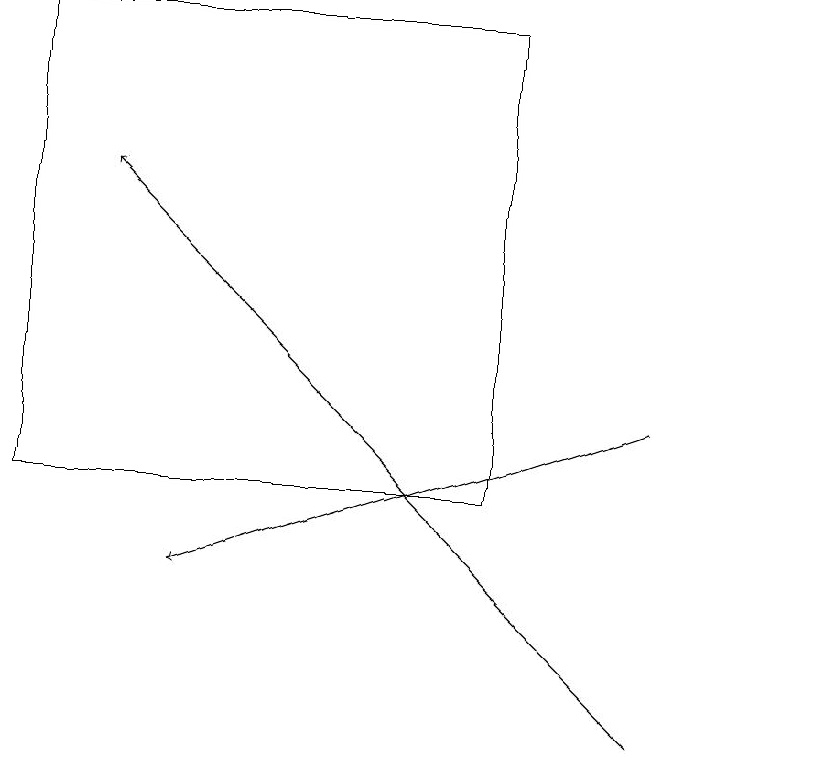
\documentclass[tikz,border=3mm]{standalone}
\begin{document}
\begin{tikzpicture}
\draw (10,10) circle (0);
\draw[->] (8,10) -- (1,17);
\draw (6,19) rectangle (0,13);
\draw[->] (8,14) -- (2,12);
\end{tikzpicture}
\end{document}